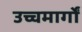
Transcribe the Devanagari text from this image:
उच्चमार्गों